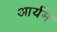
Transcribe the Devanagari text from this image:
आर्यम